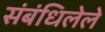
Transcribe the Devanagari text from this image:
संबंधिलेले